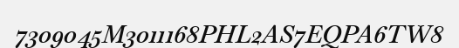
7309045M3011168PHL2AS7EQPA6TW8